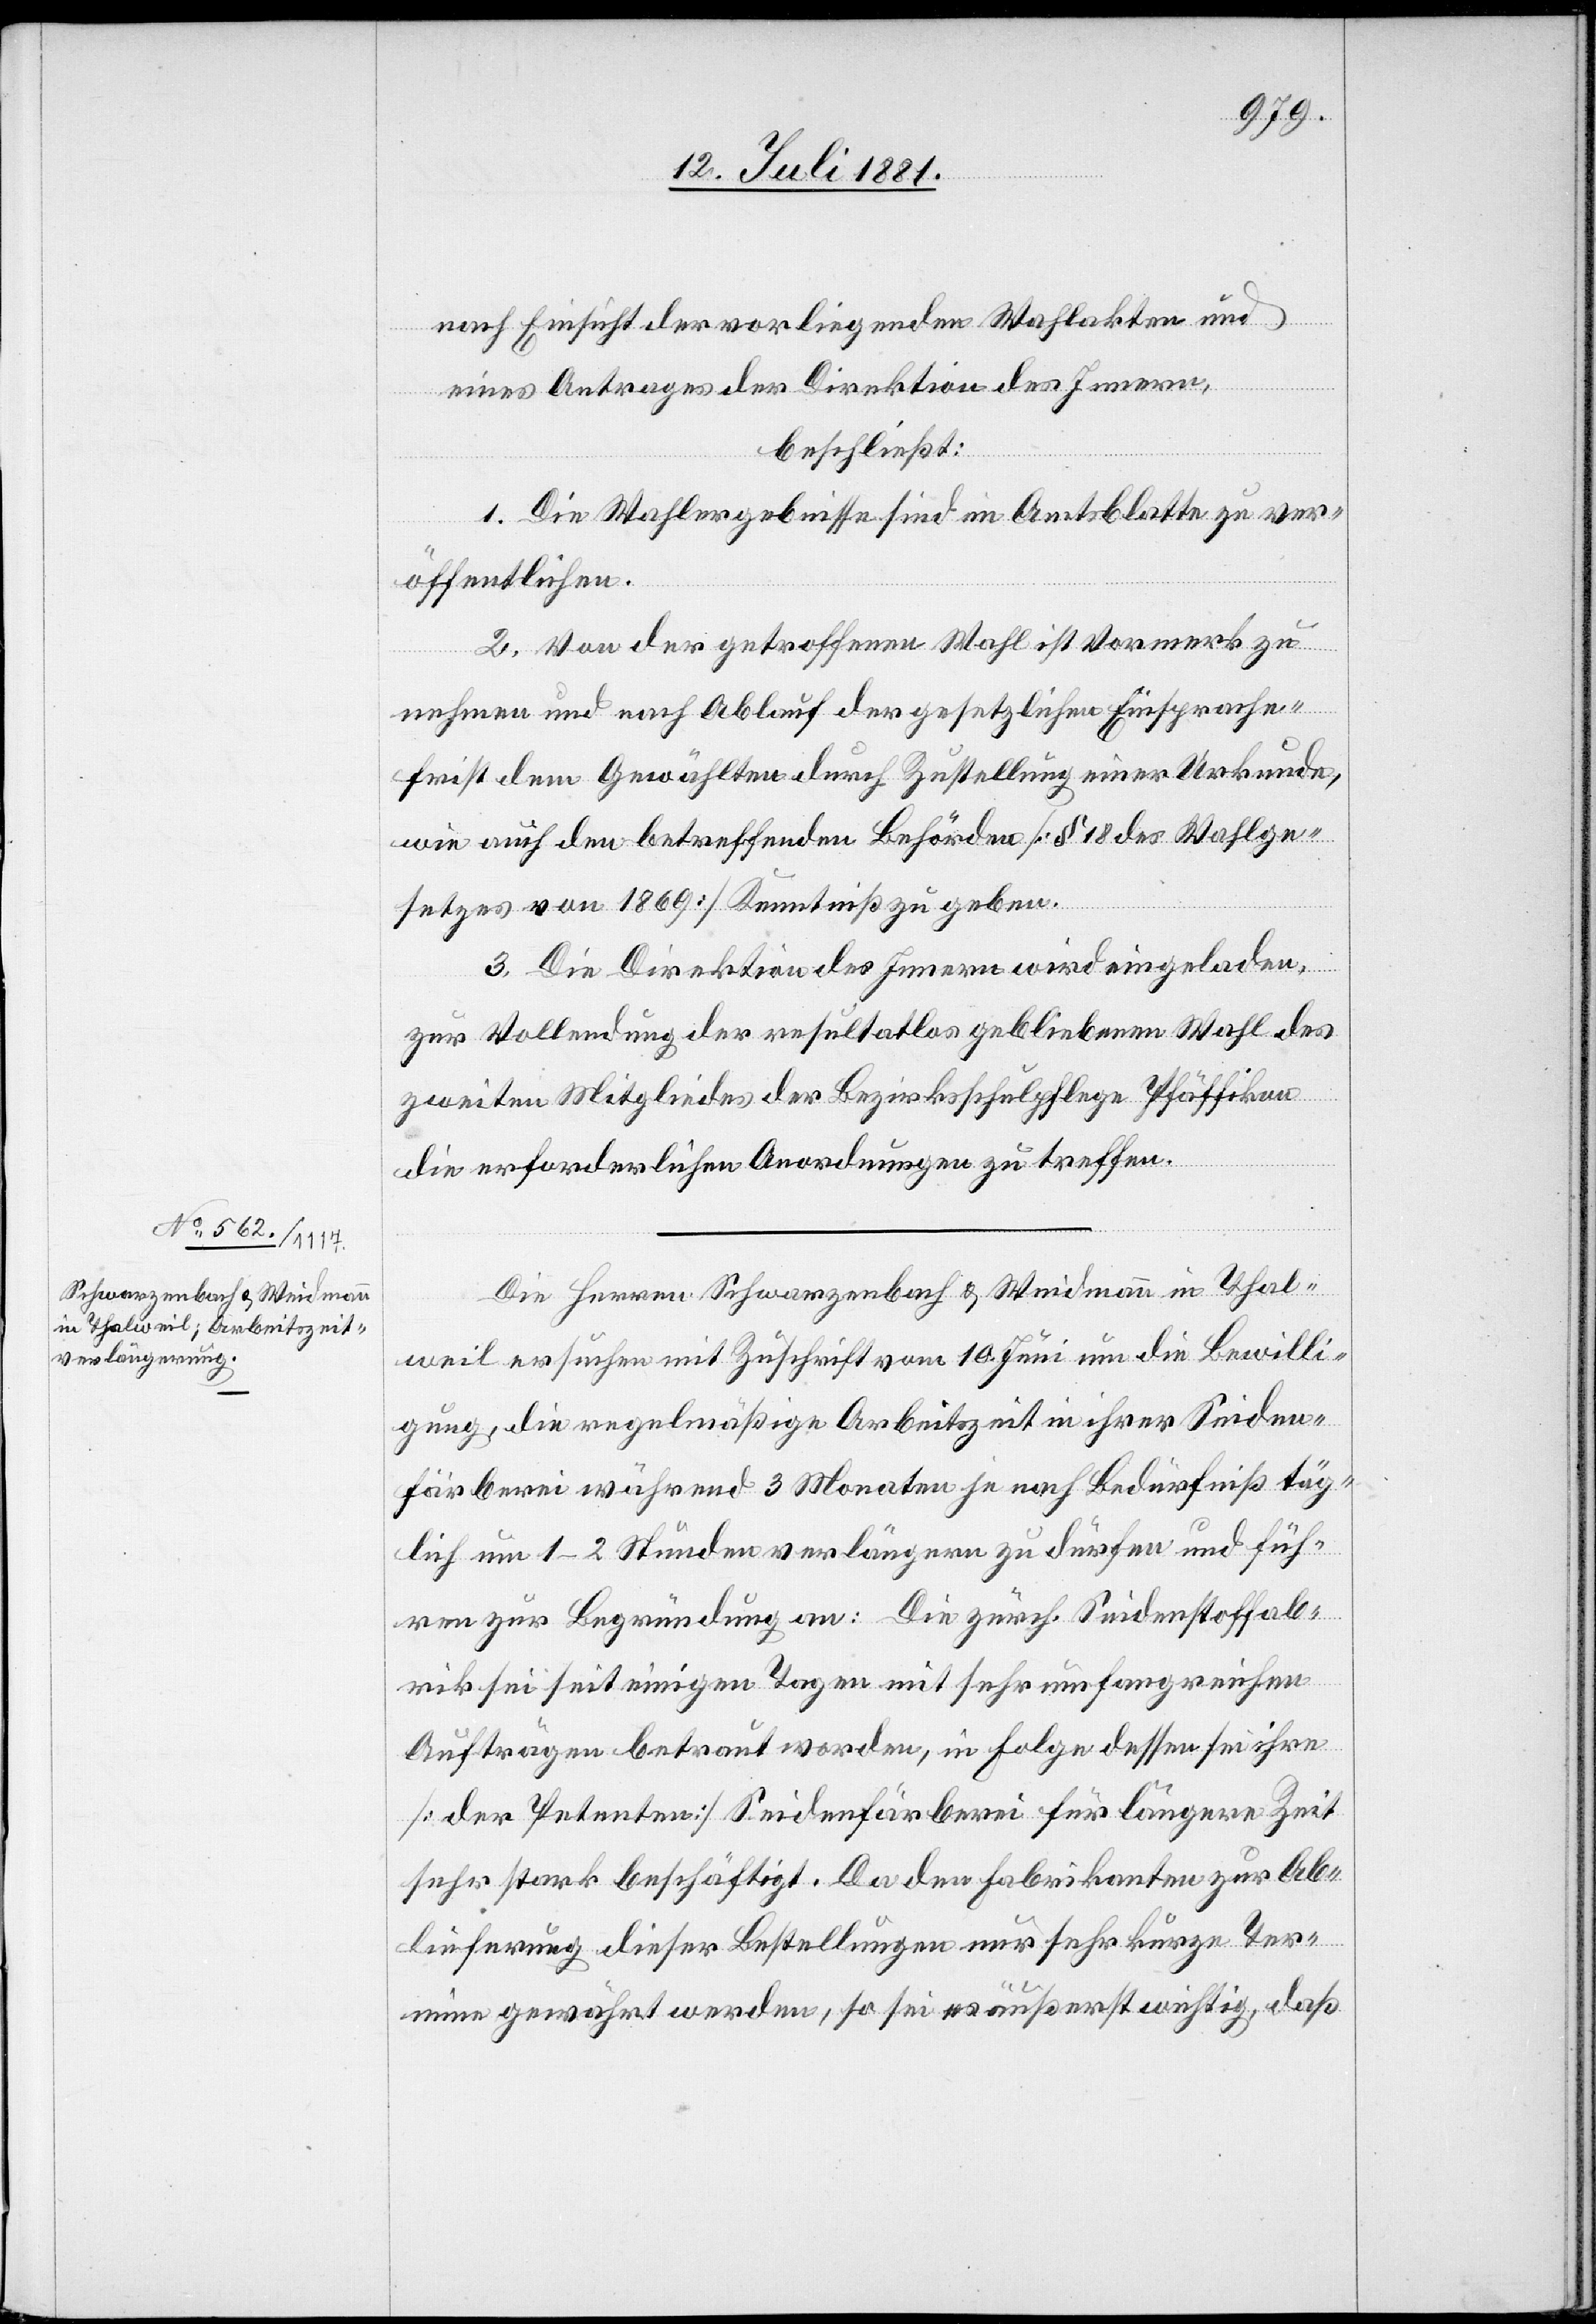
15. Juni 1881.]
eines Antrages der Direktion des Innern,
beschließt:
1. Die Wahlergebnisse sind im Amtsblatte zu ver¬
der
öffentlichen.
2. Von der getroffenen Wahl ist Vormerk zu
nehmen und nach Ablauf der gesetzlichen Einsprache¬
frist dem Gewählten durch Zustellung einer Urkunde,
wie auch den betreffenden Behörden [§ 18 des Wahlge¬
setzes von 1869] Kenntniß zu geben.
3. Die Direktion des Innern wird eingeladen
zur Vollendung der resultatlos gebliebenen Wahl des
zweiten Mitgliedes der Bezirksschulpflege Pfäffikon
die erforderlichen Anordnungen zu treffen.
Die Herren Schwarzenbach & Weidmann in Thal¬
weil ersuchen mit Zuschrift vom 10. Juni um die Bewilli¬
gung, die regelmäßige Arbeitszeit in ihrer Seiden¬
färberei während 3 Monaten je nach Bedürfniß täg¬
lich um 1–2 Stunden verlängern zu dürfen und füh¬
ren zur Begründung an: Die zürch. Seidenstoff[f]ab¬
rik sei seit einigen Tagen mit sehr umfangreichen
Aufträgen betraut worden, in Folge dessen sei ihre
[der Petenten] Seidenfärberei für längere Zeit
sehr stark beschäftigt. Da den Fabrikanten zur Ab¬
lieferung dieser Bestellungen nur sehr kurze Ter¬
mine gewährt werden, so sei es äußerst wichtig, daß